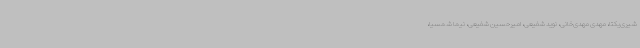
شیری‌یکتا، مهدی مهدی‌خانی، نوید شفیعی، امیرحسین شفیعی، نیما شمسیا،